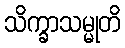
သိက္ခာသမ္မုတိ